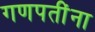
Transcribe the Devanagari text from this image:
गणपतींना